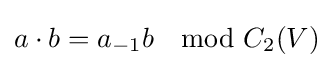
a\cdot b=a_{-1}b\mod C_{2}(V)